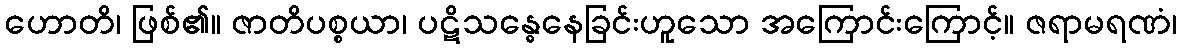
ဟောတိ၊ ဖြစ်၏။ ဇာတိပစ္စယာ၊ ပဋိသန္ဓေနေခြင်းဟူသော အကြောင်းကြောင့်။ ဇရာမရဏံ၊